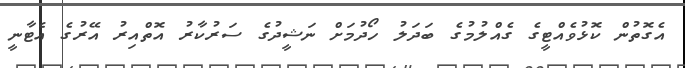
އެގޮތުން ކޮޅުވެއްޓީގެ ގެއްލުމުގެ ބަދަލު ހޯދުމަށް ނަޝީދުގެ ސަރުކާރު އޮތްއިރު އޭރުގެ އެޓާނީ